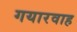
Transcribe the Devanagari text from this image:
गयारवाह